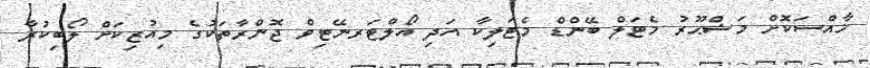
ޚާއްސަކޮށް މަޝްޙޫރު މެޓަލް ބޭންޑް މެޓަލިކާ އަދި އޯލްޓަރނޭޓިވް ޖޮންރާތަކުގެ މިއުޒިކަށް ލޯބިކުރާ